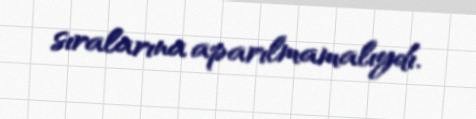
sıralarına aparılmamalıydı.